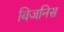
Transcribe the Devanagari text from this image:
बिजनिस